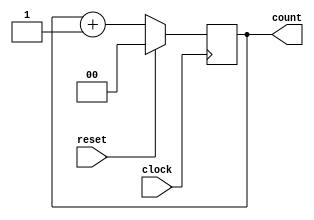
module binary_counter (
    input wire clock,           // Clock signal
    input wire reset,           // Synchronous reset signal
    output reg [1:0] count      // 2-bit counter output
);

// Sequential logic triggered on the rising edge of the clock
always @(posedge clock) begin
    if (reset) begin
        // Synchronous reset condition
        count <= 2'b00;         // Reset counter to 0
    end else begin
        // State transition: Increment the counter
        count <= count + 1;     // Increment the counter
    end
end

endmodule